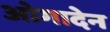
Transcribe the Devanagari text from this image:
ओगादेन